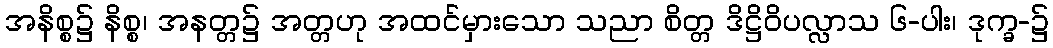
အနိစ္စ၌ နိစ္စ၊ အနတ္တ၌ အတ္တဟု အထင်မှားသော သညာ စိတ္တ ဒိဋ္ဌိဝိပလ္လာသ ၆-ပါး၊ ဒုက္ခ-၌